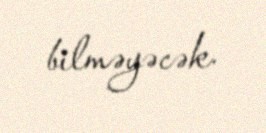
bilməyəcək.